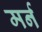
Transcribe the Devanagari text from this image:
मर्न